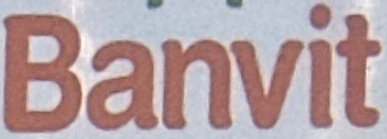
Banvit